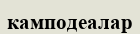
камподеалар